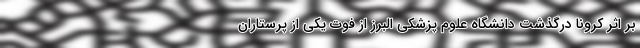
بر اثر کرونا درگذشت دانشگاه علوم پزشکی البرز از فوت یکی از پرستاران